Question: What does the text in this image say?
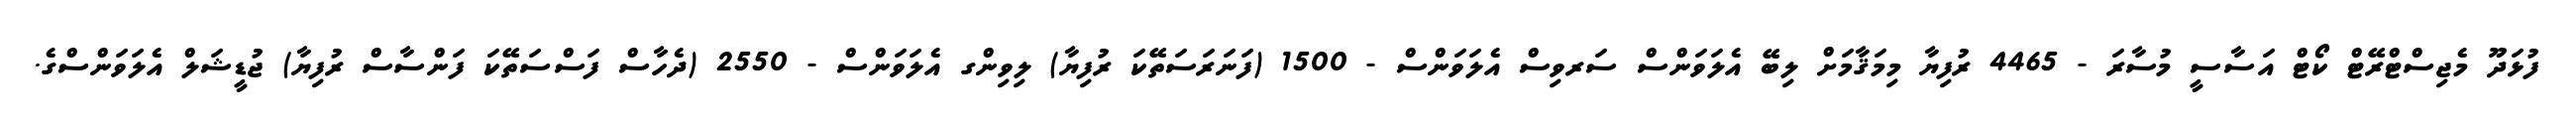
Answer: ފުޅަދޫ މެޖިސްޓްރޭޓް ކޯޓް އަސާސީ މުސާރަ - 4465 ރުފިޔާ މިމަޤާމަށް ލިބޭ އެލަވަންސް ސަރވިސް އެލަވަންސް - 1500 (ފަނަރަސަތޭކަ ރުފިޔާ) ލިވިންގ އެލަވަންސް - 2550 (ދެހާސް ފަސްސަތޭކަ ފަންސާސް ރުފިޔާ) ޖުޑީޝަލް އެލަވަންސްގެ.